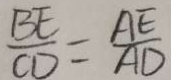
\frac { B E } { C D } = \frac { A E } { A D }